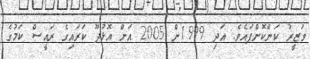
ވަޒީރު ކަންކޮށްފައެވެ. އަދި 1999ން 2005 އަށް އޮޅުދޫ ކަރައިގެ ރައީސް ކަމުގެ